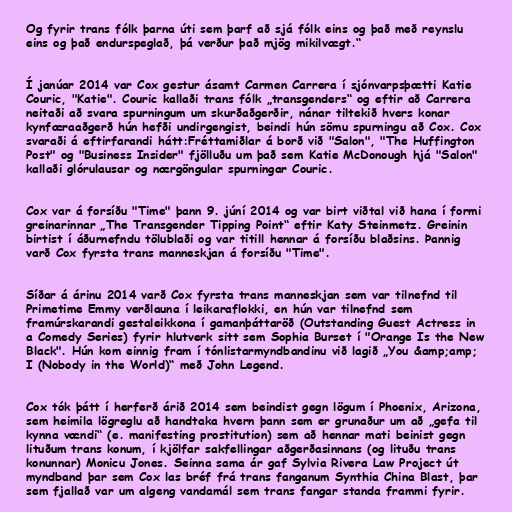
Og fyrir trans fólk þarna úti sem þarf að sjá fólk eins og það með reynslu
eins og það endurspeglað, þá verður það mjög mikilvægt.“

Í janúar 2014 var Cox gestur ásamt Carmen Carrera í sjónvarpsþætti Katie
Couric, "Katie". Couric kallaði trans fólk „transgenders“ og eftir að Carrera
neitaði að svara spurningum um skurðaðgerðir, nánar tiltekið hvers konar
kynfæraaðgerð hún hefði undirgengist, beindi hún sömu spurningu að Cox. Cox
svaraði á eftirfarandi hátt:Fréttamiðlar á borð við "Salon", "The Huffington
Post" og "Business Insider" fjölluðu um það sem Katie McDonough hjá "Salon"
kallaði glórulausar og nærgöngular spurningar Couric.

Cox var á forsíðu "Time" þann 9. júní 2014 og var birt viðtal við hana í formi
greinarinnar „The Transgender Tipping Point“ eftir Katy Steinmetz. Greinin
birtist í áðurnefndu tölublaði og var titill hennar á forsíðu blaðsins. Þannig
varð Cox fyrsta trans manneskjan á forsíðu "Time".

Síðar á árinu 2014 varð Cox fyrsta trans manneskjan sem var tilnefnd til
Primetime Emmy verðlauna í leikaraflokki, en hún var tilnefnd sem
framúrskarandi gestaleikkona í gamanþáttaröð (Outstanding Guest Actress in
a Comedy Series) fyrir hlutverk sitt sem Sophia Burset í "Orange Is the New
Black". Hún kom einnig fram í tónlistarmyndbandinu við lagið „You &amp;amp;
I (Nobody in the World)“ með John Legend.

Cox tók þátt í herferð árið 2014 sem beindist gegn lögum í Phoenix, Arizona,
sem heimila lögreglu að handtaka hvern þann sem er grunaður um að „gefa til
kynna vændi“ (e. manifesting prostitution) sem að hennar mati beinist gegn
lituðum trans konum, í kjölfar sakfellingar aðgerðasinnans (og lituðu trans
konunnar) Monicu Jones. Seinna sama ár gaf Sylvia Rivera Law Project út
myndband þar sem Cox las bréf frá trans fanganum Synthia China Blast, þar
sem fjallað var um algeng vandamál sem trans fangar standa frammi fyrir.